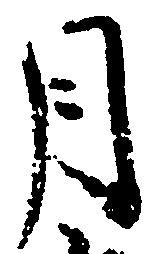
月